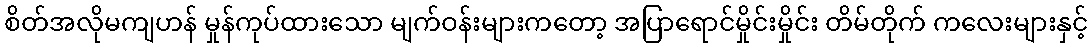
စိတ်အလိုမကျဟန် မှုန်ကုပ်ထားသော မျက်ဝန်းများကတော့ အပြာရောင်မှိုင်းမှိုင်း တိမ်တိုက် ကလေးများနှင့်